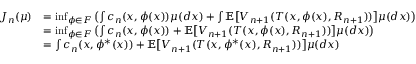
\begin{array} { r l } { J _ { n } ( \mu ) } & { = \operatorname* { i n f } _ { \phi \in F } \left( \int c _ { n } ( x , \phi ( x ) ) \mu ( d x ) + \int \mathbb { E } \big [ V _ { n + 1 } ( T ( x , \phi ( x ) , R _ { n + 1 } ) ) \big ] \mu ( d x ) \right) } \\ & { = \operatorname* { i n f } _ { \phi \in F } \left( \int c _ { n } ( x , \phi ( x ) ) + \mathbb { E } \big [ V _ { n + 1 } ( T ( x , \phi ( x ) , R _ { n + 1 } ) ) \big ] \mu ( d x ) \right) } \\ & { = \int c _ { n } ( x , \phi ^ { * } ( x ) ) + \mathbb { E } \big [ V _ { n + 1 } ( T ( x , \phi ^ { * } ( x ) , R _ { n + 1 } ) ) \big ] \mu ( d x ) } \end{array}